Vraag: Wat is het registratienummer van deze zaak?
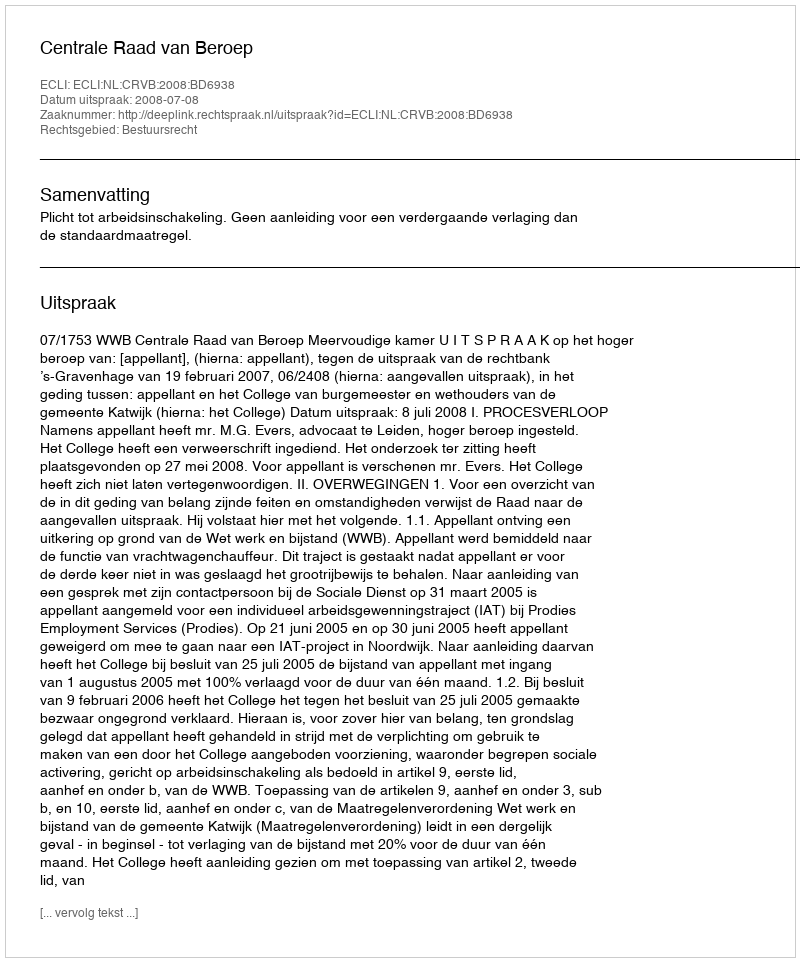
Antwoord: http://deeplink.rechtspraak.nl/uitspraak?id=ECLI:NL:CRVB:2008:BD6938